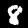
Label: 8